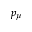
p _ { \mu }